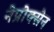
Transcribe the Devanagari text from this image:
नेप्रोक्सेन